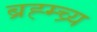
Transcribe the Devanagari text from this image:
ब्रह्म्च्र्य